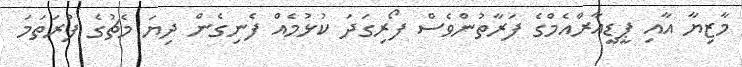
މާޒިޔާ އާއި ޕީޑީއާރްއެމްގެ ފަރާތުންވެސް ފޯރިގަދަ ކުޅުމެއް ފެނިގެން ދިޔަ މެޗުގެ ފުރަތަމަ